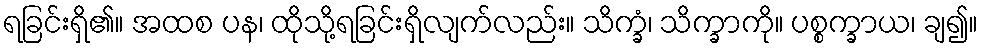
ရခြင်းရှိ၏။ အထစ ပန၊ ထိုသို့ရခြင်းရှိလျက်လည်း။ သိက္ခံ၊ သိက္ခာကို။ ပစ္စက္ခာယ၊ ချ၍။